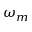
\omega _ { m }